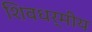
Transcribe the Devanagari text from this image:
शिवधर्मीय